Medical and sanitary report of the native army of Bengal for the year
Year: 1878
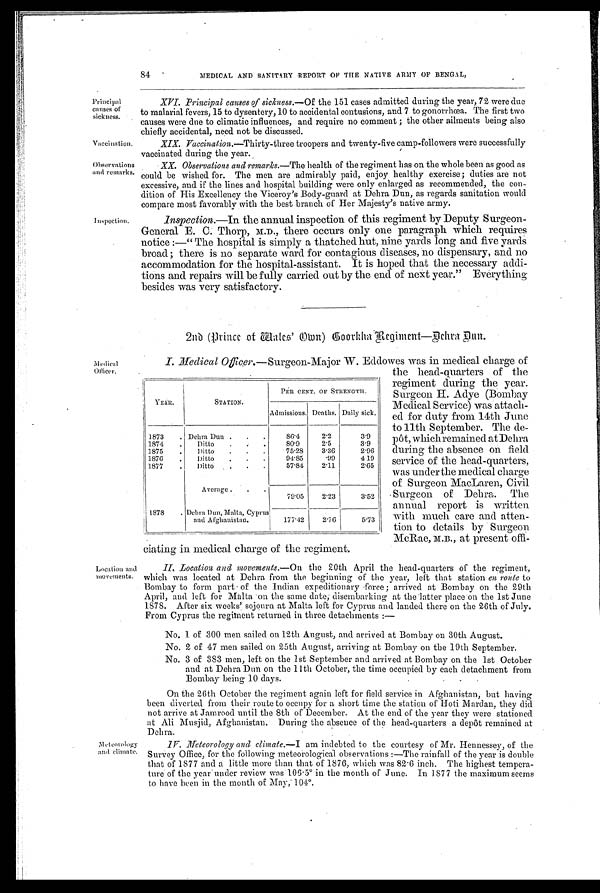
Principal
causes of
sickness.
Vaccination.
Observations
and remarks.
84
MEDICAL AND SANITARY REPORT OF THE NATIVE ARMY OF BENGAL,
Inspection.
XVI. Principal causes of sickness. —Of the 151 cases admitted during the year, 72 were due
to malarial fevers, 15 to dysentery, 10 to accidental contusions, and 7 to gonorrhœa. The first two
causes were due to climatic influences, and require no comment ; the other ailments being also
chiefly accidental, need not be discussed.
XIX. Vaccination.—Thirty-three troopers and twenty-five camp-followers were successfully
vaccinated during the year.
XX. Observations and remarks.—The health of the regiment has on the whole been as good as
could be wished for. The men are admirably paid, enjoy healthy exercise; duties are not
excessive, and if the lines and hospital building were only enlarged as recommended, the con-
dition of His Excellency the Viceroy's Body-guard at Dehra Dun, as regards sanitation would
compare most favorably with the best branch of Her Majesty's native army.
Inspection.—In the annual inspection of this regiment by Deputy Surgeon-
General E. C. Thorp, M.D., there occurs only one paragraph which requires
notice :—" The hospital is simply a thatched hut, nine yards long and five yards
broad; there is no separate ward for contagious diseases, no dispensary, and no
accommodation for the hospital-assistant. It is hoped that the necessary addi-
tions and repairs will be fully carried out by the end of next year." Everything
besides was very satisfactory.
2nd (Prince of Males' Own) Coorkha Regiment—Dehra Dun.
Medical
Officer.
Location and
movements.
Meteorology
and climate.
I. Medical Officer.—Surgeon-Major W. Eddowes was in medical charge of
the head-quarters of the
regiment during the year.
Surgeon H Adye (Bombay
Medical Service) was attach-
ed for duty from 14th June
to 11th September. The de-
pôt, which remained at Dehra
during the absence on field
service of the head-quarters,
was underthe medical charge
of Surgeon MacLaren, Civil
Surgeon of Debra. The
annual report is written
with much care and atten-
tion to details by Surgeon
McRae, M.B., at present offi-
ciating in medical charge of the regiment.
II. Location and movements.—On the 20th April the head-quarters of the regiment,
which was located at Debra from the beginning of the year, left that station en route to
Bombay to form part of the Indian expeditionary force ; arrived at Bombay on the 29th
April, and left for Malta on the same date; disembarking at the latter place on the 1st June
1878. After six weeks' sojourn at Malta left for Cyprus and landed there on the 26th of July.
From Cyprus the regiment returned in three detachments :
—
No. 1 of 300 men sailed on 12th August, and arrived at Bombay on 30th August.
No. 2 of 47 men sailed on 25th August, arriving at Bombay on the 19th September.
No. 3 of 383 men, left on the 1st September and arrived at Bombay on the 1st October
and at Debra bun on the 1lth October, the time occupied by each detachment from
Bombay being 10 Days.
On the 26th October the regiment again left for field service in Afghanistan, but having
been diverted from their route to occupy for a short time the station of' Hoti Mardan, they did
not arrive at Jamrood until the 8th of December. At the end of' the year they were stationed
at Ali Musjid, Afghanistan. During the absence of the head-quarters a depôt remained at
Dehra.
IV. Meteorology and climate.— I a m i n d e b t e d t o t h e c o u r t e s y o f M r . H e n n e s s e y , o f t h e
Survey Office, for the following meteorological observations :—The rainfall of the year is double
that of 1877 and a little more than that of 1876, which was 82.6 inch. The highest tempera-
ture of the year under review was 106.5° in the month of June. In 1877 the maximum seems
to have been in the month of May, 104°.
YEAR.
STATION.
PER CENT. OF STRENGTH.
Admissions. Deaths. Daily sick.
1873 . Dehra Dun . . .
86.4
2.2
3.9
1874
. Ditto . . .
80.9
2.5
3.9
1875
. Ditto . . .
75.28
3.36
2.96
1876
. Ditto . . .
94.85
.99
4.19
1877
. Ditto .
57.84
2.11
2.65
Average
. .
79.05
2.23
3.52
1878
. Debra Dun, Malta, Cyprus
and Afghanistan.
177.42
2.76
5.73